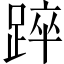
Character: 踤